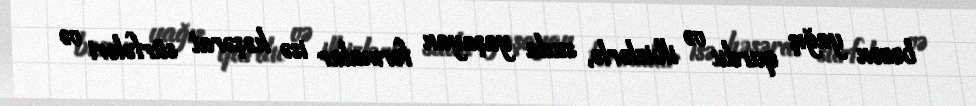
bəzən yağış qurdu və ilbizlərlə, suda yaşayan formalar isə həşərat sürfələri və